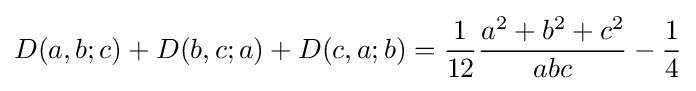
D(a,b;c)+D(b,c;a)+D(c,a;b)={\frac {1}{12}}{\frac {a^{2}+b^{2}+c^{2}}{abc}}-{\frac {1}{4}}